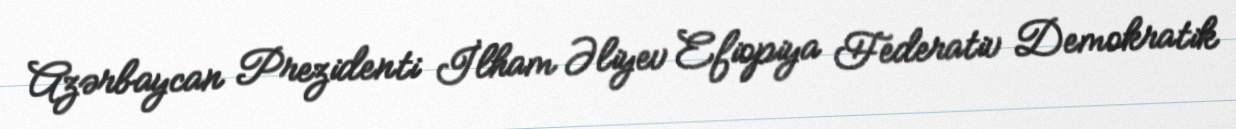
Azərbaycan Prezidenti İlham Əliyev Efiopiya Federativ Demokratik